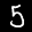
Label: 5